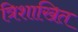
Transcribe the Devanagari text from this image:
त्रिशाखित